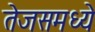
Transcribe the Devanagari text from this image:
तेजसमध्ये